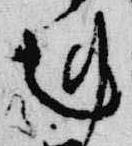
剋